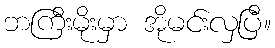
ဘကြီးမိုးမှာ အိုမင်းလှပြီ။